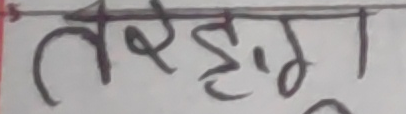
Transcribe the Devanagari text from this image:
तरङ्गा